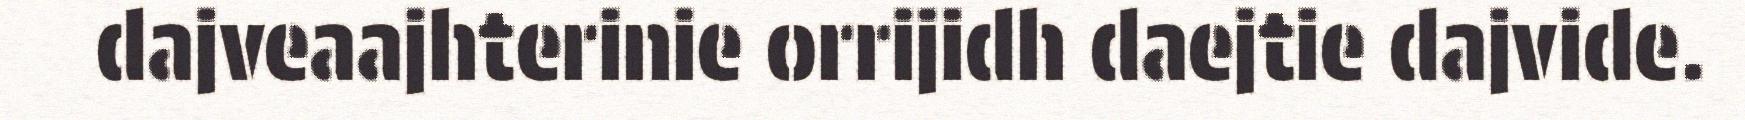
dajveaajhterinie orrijidh daejtie dajvide.